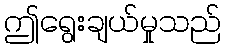
ဤရွေးချယ်မှုသည်